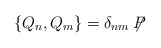
\begin{align*}\{ Q_n, Q_m \} = \delta_{nm} \not\!\! P\end{align*}